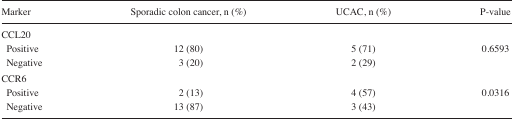
<table><thead><tr><td><b>Marker</b></td><td><b>Sporadic colon cancer, n (%)</b></td><td><b>UCAC, n (%)</b></td><td><b>P-value</b></td></tr></thead><tbody><tr><td colspan="4">CCL20</td></tr><tr><td> Positive</td><td>12 (80)</td><td>5 (71)</td><td>0.6593</td></tr><tr><td> Negative</td><td>3 (20)</td><td>2 (29)</td><td></td></tr><tr><td colspan="4">CCR6</td></tr><tr><td> Positive</td><td>2 (13)</td><td>4 (57)</td><td>0.0316</td></tr><tr><td> Negative</td><td>13 (87)</td><td>3 (43)</td><td></td></tr></tbody></table>